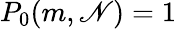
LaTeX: P_{0}(m,\mathscr{N})=1